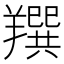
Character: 䍻